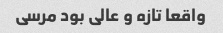
واقعا تازه و عالی بود مرسی